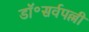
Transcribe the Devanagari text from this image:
डॉ॰सर्वपल्ली